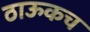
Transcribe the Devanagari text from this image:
ठाऊकच